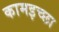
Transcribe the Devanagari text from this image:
कामइच्‍छा